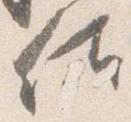
佐